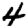
Digit: 4